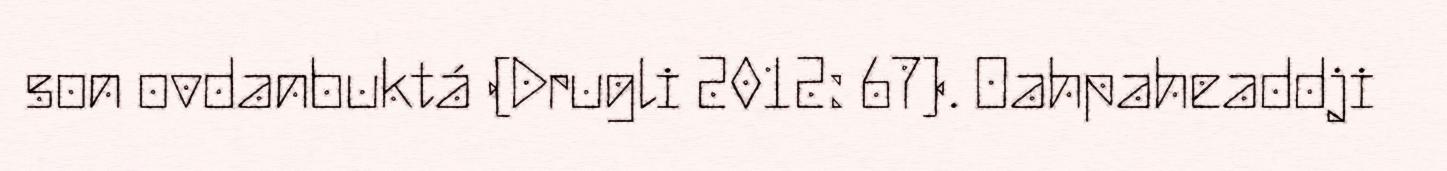
son ovdanbuktá (Drugli 2012: 67). Oahpaheaddji